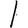
Digit: 1